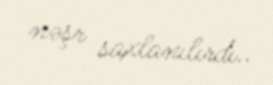
nəşr saxlanılırdı..